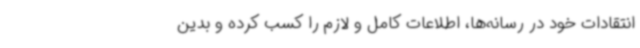
انتقادات خود در رسانه‌ها، اطلاعات کامل و لازم را کسب کرده و بدین